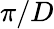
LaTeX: \pi/D